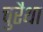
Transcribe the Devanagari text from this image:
चुरैथा